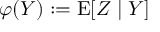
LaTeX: \varphi ( Y ) : = \operatorname { E } [ Z \mid Y ]